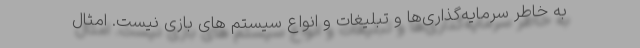
به خاطر سرمایه‌گذاری‌ها و تبلیغات و انواع سیستم های بازی نیست. امثال